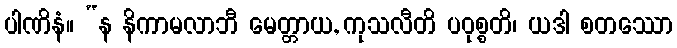
ပါဏိနံ။ “န နိကာမလာဘီ မေတ္တာယ, ကုသလီတိ ပဝုစ္စတိ၊ ယဒါ စတဿော